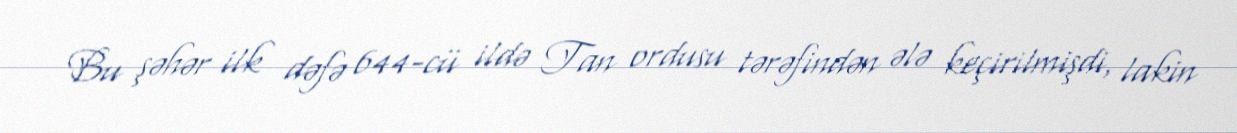
Bu şəhər ilk dəfə 644-cü ildə Tan ordusu tərəfindən ələ keçirilmişdi, lakin